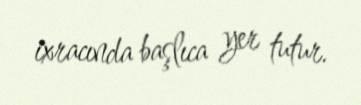
ixracında başlıca yer tutur.